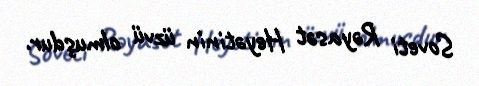
Soveti Rəyasət Heyətinin üzvü olmuşdur.